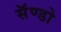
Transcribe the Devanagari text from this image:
सॅण्डो